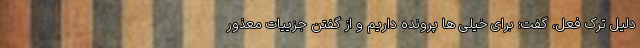
دلیل ترک فعل، گفت: برای خیلی ها پرونده داریم و از گفتن جزییات معذور